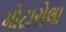
મોટારોલા